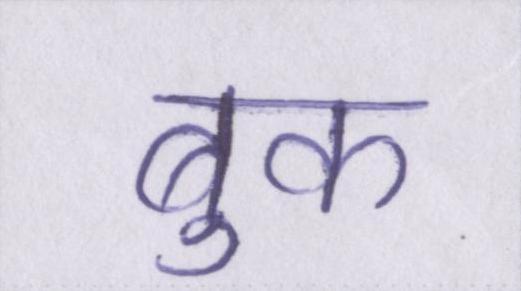
बुक